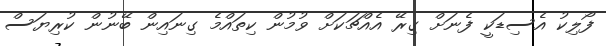
ފޯލިކު އެސިޑަކީ ފެނަށް ގިރޭ އެއްޗަކަށް ވުމުން ކިތައްމެ ގިނައިން ބޭނުން ކުރިޔަސް